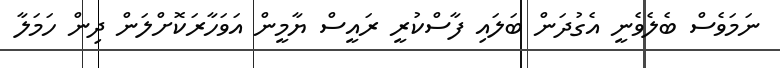
ނަމަވެސް ބެލެވެނީ އެގުދަން ބަލައި ފާސްކުރީ ރައީސް ޔާމީން އަވަހާރަކޮށްލަން ދިން ހަމަލާ